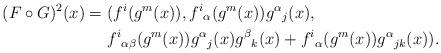
LaTeX: \begin{align*}(F\circ G)^2(x)&=(f^i(g^m(x)),f^i{}_\alpha(g^m(x))g^\alpha{}_j(x),\\*&\hphantom{{}={}}f^i{}_{\alpha\beta}(g^m(x))g^\alpha{}_j(x)g^\beta{}_k(x)+f^i{}_\alpha(g^m(x))g^\alpha{}_{jk}(x)).\end{align*}